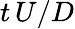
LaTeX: t\, U/D